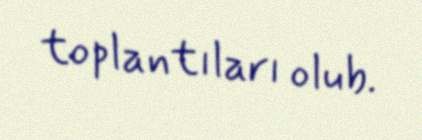
toplantıları olub.